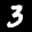
Label: 3